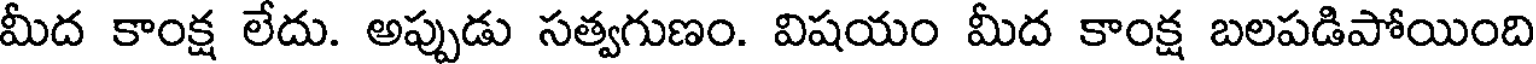
మీద కాంక్ష లేదు. అప్పుడు సత్వగుణం. విషయం మీద కాంక్ష బలపడిపోయింది